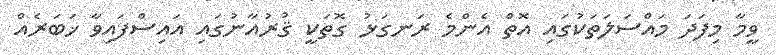
ވީމާ މިފަދަ މައްސަލަތަކުގައި އޮތް އެންމެ ރަނގަޅު ގޮތަކީ ޤުރުއާނުގައި އައިސްފައިވާ ޚަބަރެއް